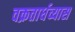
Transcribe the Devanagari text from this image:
वक्रतार्धव्यास